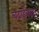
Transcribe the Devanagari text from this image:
चढाईबाहद्दर